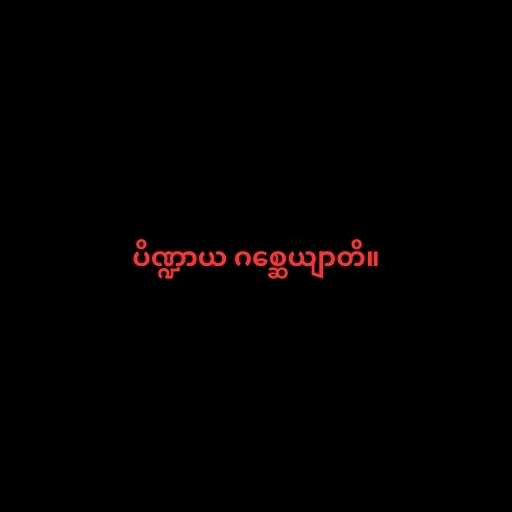
ပိဏ္ဍာယ ဂစ္ဆေယျာတိ။